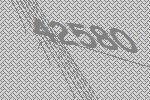
42580